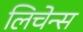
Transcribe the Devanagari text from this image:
लिचेन्स